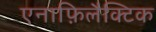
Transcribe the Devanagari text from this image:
एनाफ़िलैक्टिक